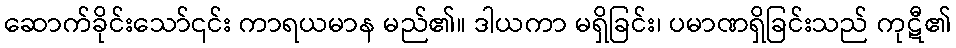
ဆောက်ခိုင်းသော်၎င်း ကာရယမာန မည်၏။ ဒါယကာ မရှိခြင်း၊ ပမာဏရှိခြင်းသည် ကုဋီ၏